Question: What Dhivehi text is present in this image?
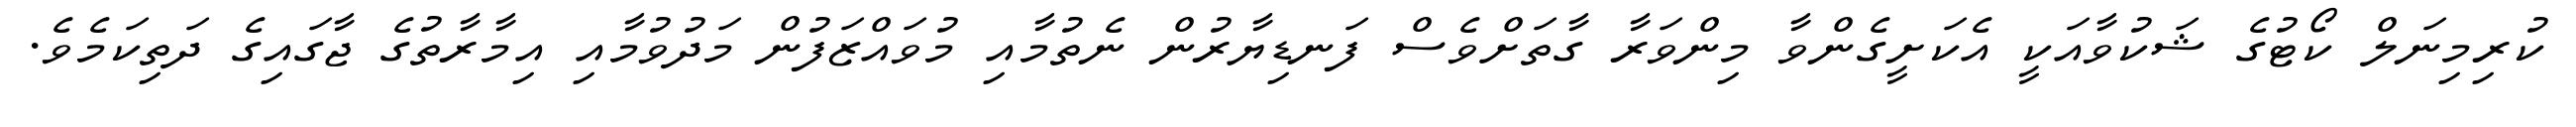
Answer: ކުރިމިނަލް ކޯޓުގެ ޝަކުވާއަކީ އެކަށީގެންވާ މިންވަރާ ގާތަށްވެސް ފަނޑިޔާރުން ނެތުމާއި މުވައްޒަފުން މަދުވުމާއި އިމާރާތުގެ ޖާގައިގެ ދަތިކަމެވެ.